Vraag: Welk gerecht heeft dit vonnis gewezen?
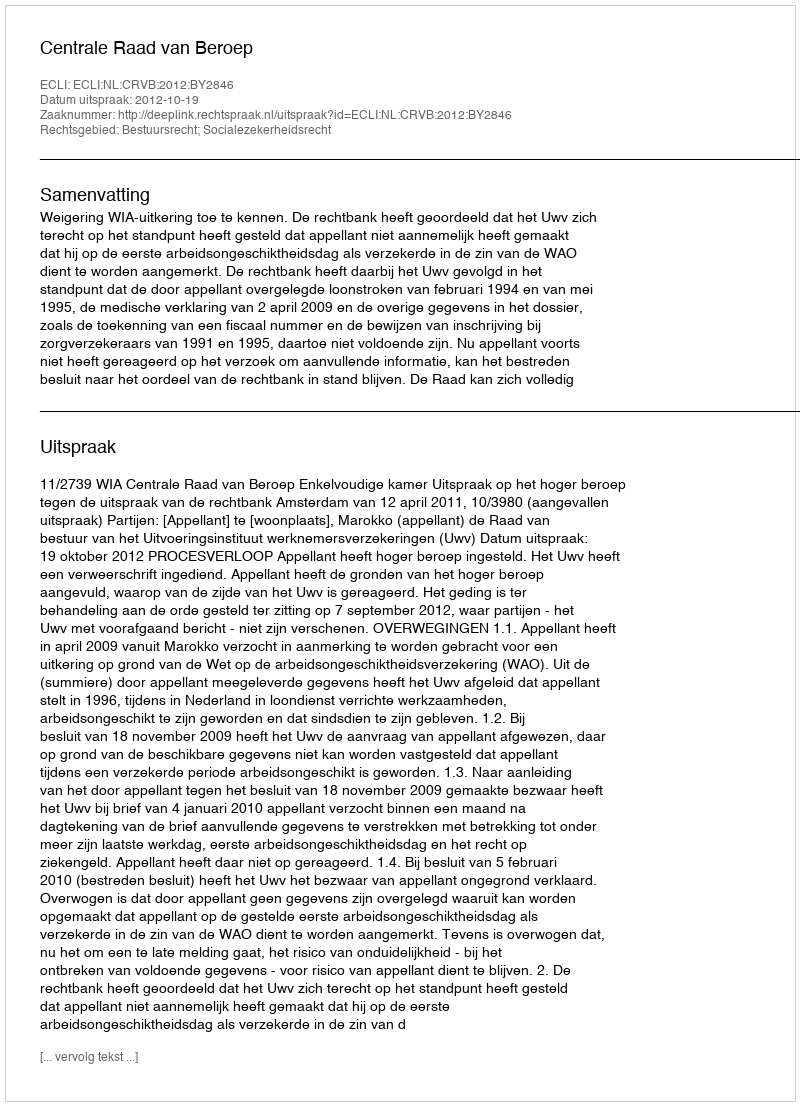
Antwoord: Centrale Raad van Beroep